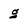
Character: g